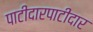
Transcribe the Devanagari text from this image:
पाटीदारपाटीदार